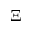
\Xi